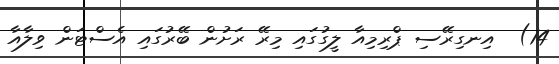
14)  އިނގިރޭސި ޕްރިމިއާ ލީގުގައި މިރޭ ރަށުން ބޭރުގައި އެސްޓަން ވިލާއާ